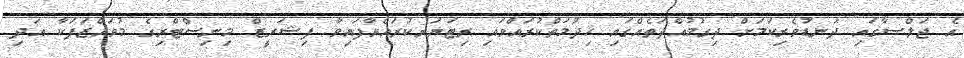
އެ ޖަލްސާގައި ދަނޑުވެރިކަމަށް ދިގުމުއްދަތެއްގައި ޚިދުމަތްކުރައްވައި ރިޓަޔަރކުރައްވާފައިވާ ފިޝަރީޒް މިނިސްޓްރިގެ މުވައްޒަފަކާ އަދި